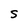
Character: S